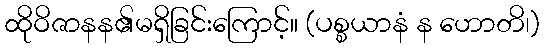
ထိုဝိဇာနန၏မရှိခြင်းကြောင့်။ (ပစ္စယာနံ န ဟောတိ၊)